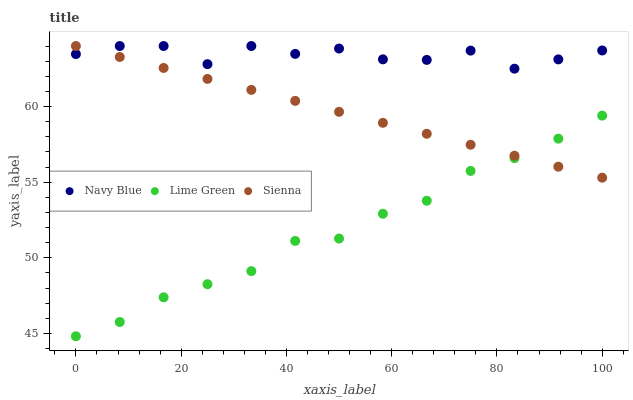
| xaxis_label | Navy Blue | Lime Green | Sienna |
 | --- | --- | --- | --- |
 | 0 | 63.5 | 44.8 | 64 |
 | 8.33 | 64 | 45.8 | 63.3 |
 | 16.7 | 64 | 47.4 | 62.5 |
 | 25 | 62.8 | 48.3 | 61.8 |
 | 33.3 | 64 | 49.1 | 61.1 |
 | 41.7 | 63.5 | 51.1 | 60.4 |
 | 50 | 63.8 | 51.3 | 59.6 |
 | 58.3 | 63.1 | 52.9 | 58.9 |
 | 66.7 | 63.1 | 53.8 | 58.2 |
 | 75 | 63.7 | 55.7 | 57.5 |
 | 83.3 | 62.5 | 56.6 | 56.7 |
 | 91.7 | 63.1 | 57.9 | 56 |
 | 100 | 63.7 | 59.4 | 55.3 |